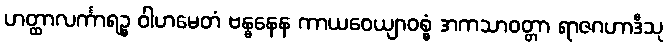
ဟတ္ထာလင်္ကာရဉ္စ ဝါဟမေတံ ဗန္ဓနေန ကာယဝေယျာဝစ္စံ အကသာဝတ္တာ ရာဇဂဟာဒီသု